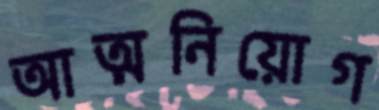
আত্মনিয়োগ